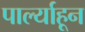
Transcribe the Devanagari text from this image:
पार्ल्याहून